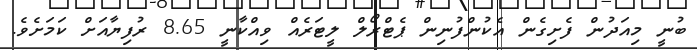
ބުނީ މިއަދުން ފެށިގެން އެކުންފުނިން ޕެޓްރޯލް ލީޓަރެއް ވިއްކާނީ 8.65 ރުފިޔާއަށް ކަމަށެވެ.